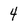
Character: 4